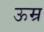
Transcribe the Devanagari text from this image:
ऊम्र